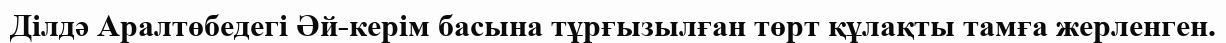
Ділдә Аралтөбедегі Әй-керім басына тұрғызылған төрт құлақты тамға жерленген.